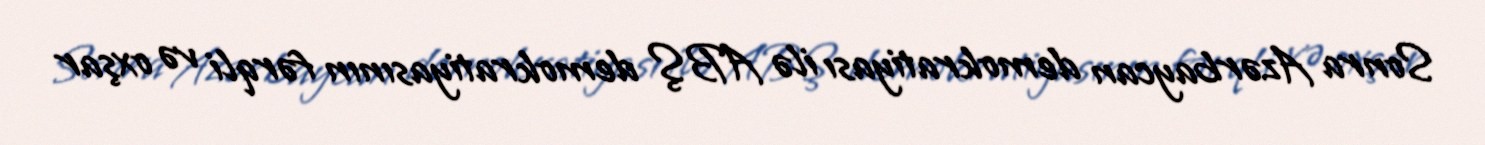
Sonra Azərbaycan demokratiyası ilə ABŞ demokratiyasının fərqli və oxşar